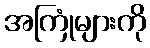
အကြုံများကို